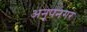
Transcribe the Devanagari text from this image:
अनूपनगर